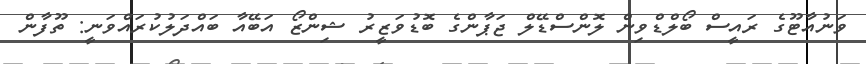
ވަނުއާޓޫގެ ރައީސް ބޯލްޑްވިން ލޮންސްޑޭލް ޖަޕާންގެ ބޮޑުވަޒީރު ޝިންޒޯ އަބޭއާ ބައްދަލުކުރައްވަނީ: ތޫފާން